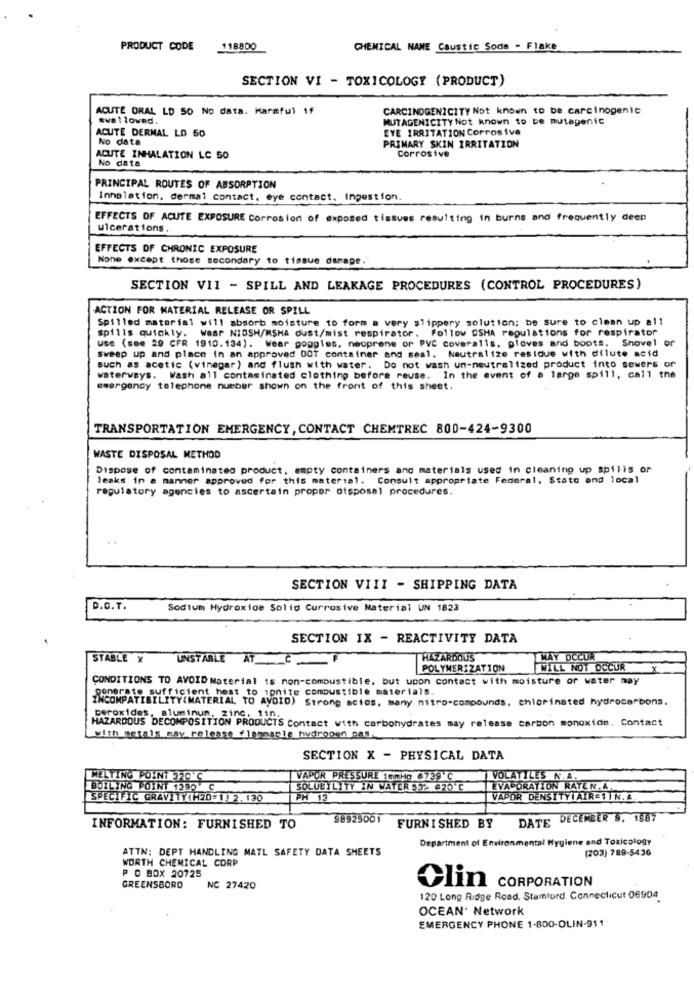
PRODUCT CODE
118800
CHEMICAL NAME Caustic Soda - Flake
SECTION VI - TOXICOLOGY (PRODUCT)
ACUTE ORAL LD 50 No data. Harmful 1f
CARCINOGENICITY Not known to be carcinogenic
swallowed.
MUTAGENICITY Not known to be mutagenic
ACUTE DERMAL LD 50
EYE IRRITATION Corrosive
No data
PRIMARY SKIN IRRITATION
Corrosive
ACUTE INHALATION LC 50
No data
PRINCIPAL ROUTES OF ABSORPTION
Inhalation, dermal contact, eye contact. ingestion.
EFFECTS OF ACUTE EXPOSURE Corrosion of exposed tissues resulting in burns and frequently deep
ulcerations.
EFFECTS OF CHRONIC EXPOSURE
None except those secondary to tissue damage.
SECTION VII - SPILL AND LEAKAGE PROCEDURES (CONTROL PROCEDURES)
ACTION FOR MATERIAL RELEASE OR SPILL
Spilled material will absorb moisture to form a very slippery solution; be sure to clean up all
spills quickly. Wear NIOSH/MSHA dust/mist respirator. Follow OSHA regulations for respirator
use (see 20 CFR 1910.134). Wear goggles, neoprene or PVC coveralls, gloves and boots. Shovel of
sweep up and place in an approved OOT container and seal. Neutralize residue with dilute acid
such as acetic (vinegar) and flush with water. Do not wash un-neutralized product into sewers or
waterways. Wash all contaminated clothing before reuse. In the event of a large spill, call the
emergency telephone number shown on the front of this sheet.
TRANSPORTATION EMERGENCY, CONTACT CHEMTREC 800-424-9300
WASTE DISPOSAL METHOD
Dispose of contaminated product, empty containers and materials used in cleaning up spills or
leaks in a manner approved for this material. Consult appropriate Federal, Stato and local
regulatory agencies to ascertain proper disposal procedures.
SECTION VIII - SHIPPING DATA
D.O.T.
Sodium Hydroxide Solid Currosive Material UN 1823
SECTION IX - REACTIVITY DATA
STABLE X
UNSTABLE AT
HAZARDOUS
MAY OCCUR
POLYMERIZATION
WILL NOT OCCUR
CONDITIONS TO AVOID Material is non-combustible, but upon contact with moisture or water may
INCOMPATIBILITY(MATERIAL TO AVOID OmUStible materials.
ponerate sufficient hest
ID) Strong actos, many nitro-compounds, chlorinated hydrocarbons.
peroxides, aluminum, zinc. 110.
HAZARDOUS DECOMPOSITION PRODUCTS Contact with carbohydrates may release carbon monoxide. Contact
with metals may release flemnanie hudroogn gos
SECTION X - PHYSICAL DATA
MELTING POINT 320 C
VAPOR PRESSURE 1emHo 6739 C
VOLATILES N.A.
BOILING POINT 1290 C
SOLUBILITY IN WATER 53- 420 C
EVAPORATION RATEN. A.
SPECIFIC GRAVITY(H20=1) 2,130
PH 13
VAPOR DENSITY AIRESIN.A.
98925001
DATE DECEMBER 9. 1587
INFORMATION: FURNISHED TO
FURNISHED BY
Department of Environmental Hygiene and Toxicology
ATTN: DEPT HANDLING MATL SAFETY DATA SHEETS
(203) 789-5436
WORTH CHEMICAL CORP
P O BOX 20725
GREENSBORO
NC 27420
Olin CORPORATION
120 Long Ridge Road, Stamford, Connecticut 06904
OCEAN. Network
EMERGENCY PHONE 1-800-OLIN-911